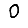
Digit: 0